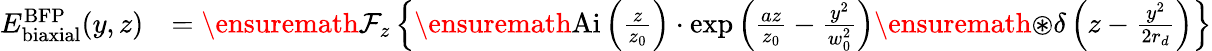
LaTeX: \begin{array}{rl}{E_{\mathrm{biaxial}}^{\mathrm{BFP}}(y,z)}&{=\ensuremath{\mathcal{F}}_{z}\left\{ \ensuremath{\mathrm{Ai}}\left(\frac{z}{z_{0}}\right)\cdot\exp\left(\frac{az}{z_{0}}-\frac{y^{2}}{w_{0}^{2}}\right)\ensuremath{\circledast}\delta\left(z-\frac{y^{2}}{2r_{d}}\right)\right\} }\end{array}